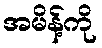
အမိန့်ကို